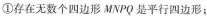
①存在无数个四边形MNPQ是平行四边形；